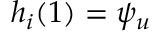
h _ { i } ( 1 ) = \psi _ { u }